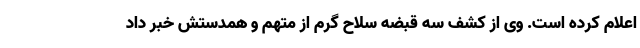
اعلام کرده است. وی از کشف سه قبضه سلاح گرم از متهم و همدستش خبر داد